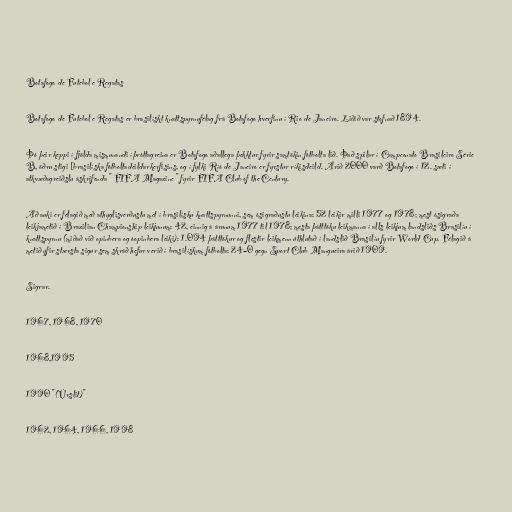
Botafogo de Futebol e Regatas

Botafogo de Futebol e Regatas er brasilískt knattspyrnufélag frá Botafogo hverfinu í Rio de Janeiro. Liðið var stofnað 1894.

Þó þeir keppi í fjölda mismunandi íþróttagreina er Botafogo aðallega þekktur fyrir samtökin fótbolta lið. Það spilar í Campeonato Brasileiro Série
B, öðru stigi [brasilíska fótboltadeildarkerfisins, og í fylki Ríó de Janeiro er fyrstur ríkisdeild. Árið 2000 varð Botafogo í 12. sæti í
atkvæðagreiðslu áskrifenda " FIFA Magazine " fyrir FIFA Club of the Century.

Að auki er félagið með athyglisverðustu met í brasilísku knattspyrnunni, sem ósigraðustu leikina: 52 leikir milli 1977 og 1978; mest ósigraða
leikjametið í Brazilian Championship leikjunum: 42, einnig á árunum 1977 til 1978; mesta þátttöku leikmanna í alls leikjum landsliðs Brasilíu í
knattspyrnu (miðað við opinbera og óopinbera leiki): 1.094 þátttökur og flestir leikmenn úthlutað í landslið Brasilíu fyrir World Cup. Félagið á
metið yfir stærsta sigur sem skráð hefur verið í brasilískum fótbolta: 24–0 gegn Sport Club Mangueira árið 1909.

Sigrar.

1967, 1968, 1970

1968,1995

1990 "(Úrslit)"

1962, 1964, 1966, 1998